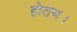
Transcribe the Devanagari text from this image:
होतय।